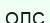
ОЛС